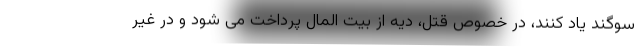
سوگند یاد کنند، در خصوص قتل، دیه از بیت المال پرداخت می شود و در غیر